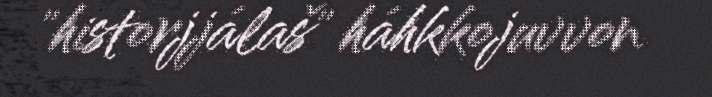
"historjjálaš" háhkkojuvvon